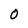
Character: O